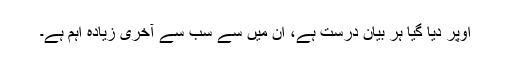
اُوپر دیا گیا ہر بیان درست ہے، ان میں سے سب سے آخری زیادہ اہم ہے۔